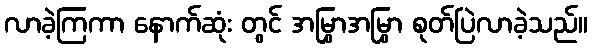
လာခဲ့ကြကာ နောက်ဆုံး တွင် အမြွှာအမြွှာ စုတ်ပြဲလာခဲ့သည်။